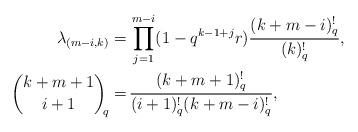
LaTeX: \begin{align*} \lambda_{(m-i,k)}=&\, \prod_{j=1}^{m-i}(1-q^{k-1+j}r) \frac{(k+m-i)_q^!}{(k)_q^!}, \\ {k+m+1\choose i+1}_{\!\!q}=&\, \frac{(k+m+1)_q^!}{(i+1)_q^!(k+m-i)_q^!},\end{align*}